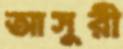
আসুরী